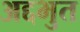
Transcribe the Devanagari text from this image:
अद्दभुत